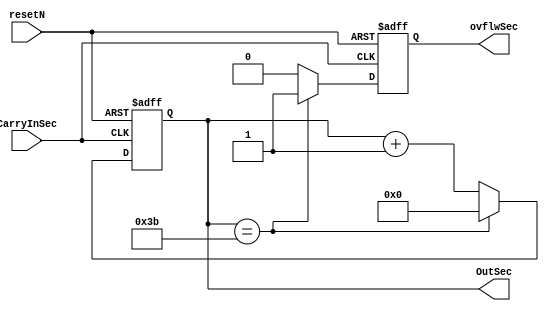
module SecIncrease(CarryInSec,resetN, OutSec, ovflwSec);
input CarryInSec, resetN;
output [5:0] OutSec;
output reg ovflwSec;

reg [5:0] counter;

always @(posedge CarryInSec or negedge resetN) begin

		// Asynchronous process, resetN==0:
    if (!resetN) begin
		//resets the counter, reset overflow output.
        counter <= 0;
        ovflwSec <= 0;
	 end
	 
    else if (counter == 59) begin //Reached the limit, send the overflow as an output for the minute increase.
        counter <= 0;
        ovflwSec <= 1;
    end else begin
        counter <= counter + 1;
        ovflwSec <= 0;
    end
end

assign OutSec = counter;

endmodule